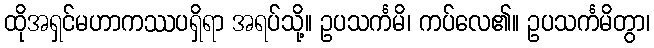
ထိုအရှင်မဟာကဿပရှိရာ အရပ်သို့။ ဥပသင်္ကမိ၊ ကပ်လေ၏။ ဥပသင်္ကမိတွာ၊